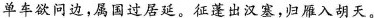
单车欲问边，属国过居延。征蓬出汉塞，归雁入胡天。